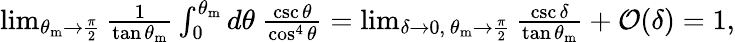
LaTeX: \begin{array}{r}{\operatorname*{lim}_{\theta_{\mathrm{m}}\rightarrow\frac{\pi}{2}}\frac{1}{\tan\theta_{\mathrm{m}}}\int_{0}^{\theta_{\mathrm{m}}}d\theta\ \frac{\csc\theta}{\cos^{4}\theta}=\operatorname*{lim}_{\delta\rightarrow 0,~\theta_{\mathrm{m}}\rightarrow\frac{\pi}{2}}\frac{\csc\delta}{\tan\theta_{\mathrm{m}}}+\mathcal{O}(\delta)=1,}\end{array}